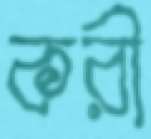
করী